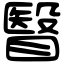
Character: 瞖